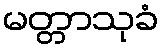
မတ္တာသုခံ